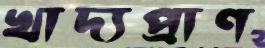
খাদ্যপ্রাণ